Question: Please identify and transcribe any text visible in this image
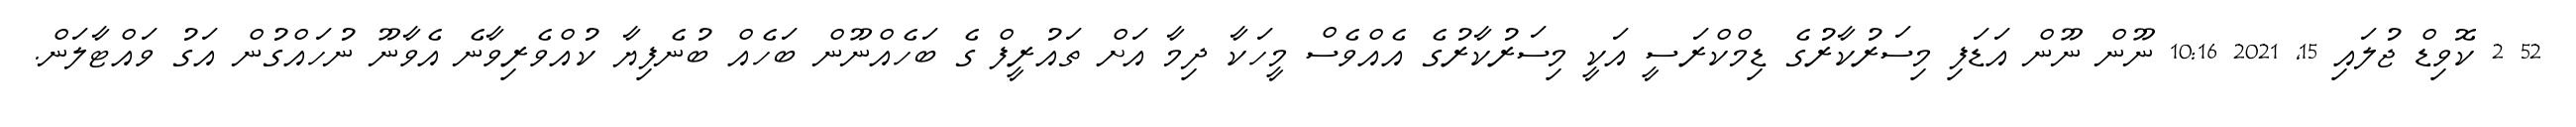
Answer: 52 2 ކޮވިޑް ޖުލައި 15, 2021 10:16 ނޫން ނޫން އަޑަފި މިސަރުކާރުގެ ޑިމްކްރަސީ އަކީ މިސަރުކާރުގެ އެއްވެސް މީހަކާ ދިމާ އަށް ތައުރީފް ގެ ބަހެއްނޫން ބަހެއް ބުނެފިޔާ ކުއްވެރިވާނެ އެވާނޫ ނުހައްގުން އަގު ވައްޓާލަން.